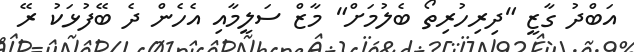
އަބްދު ގާޒީ "ދިރިހުރިތޯ ބެލުމަށް" މާޒް ސަލީމާއި އެހެން ދެ ބޭފުޅަކު ރޭ